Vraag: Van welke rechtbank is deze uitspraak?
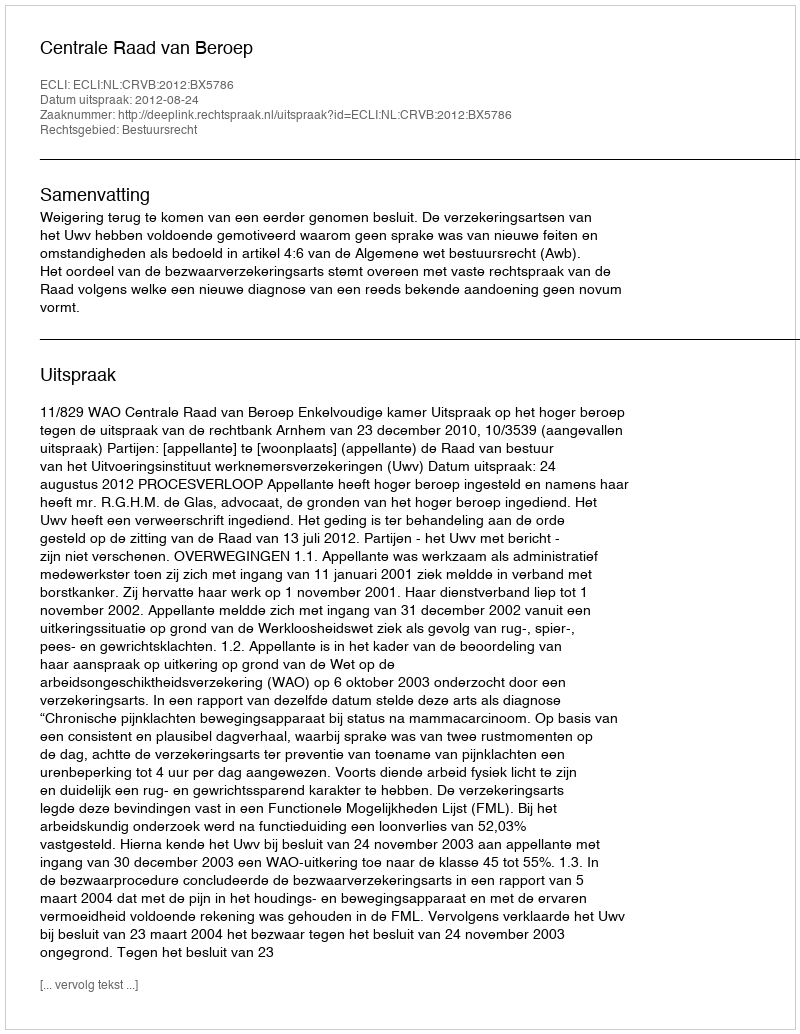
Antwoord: Centrale Raad van Beroep